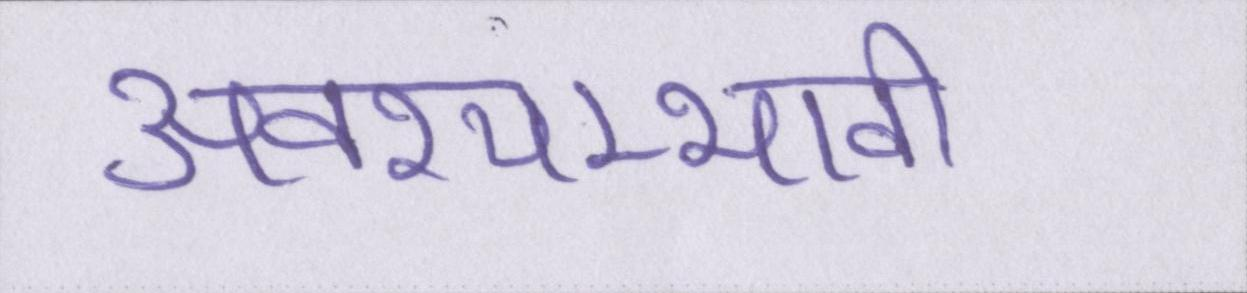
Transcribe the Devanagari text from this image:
अवश्यम्भावी